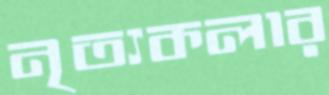
নৃত্যকলার